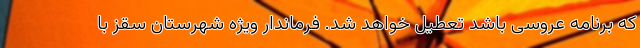
که برنامه عروسی باشد تعطیل خواهد شد. فرماندار ویژه شهرستان سقز با